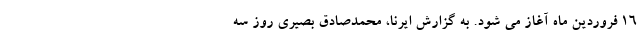
۱۶ فروردین ماه آغاز می شود. به گزارش ایرنا، محمدصادق بصیری روز سه